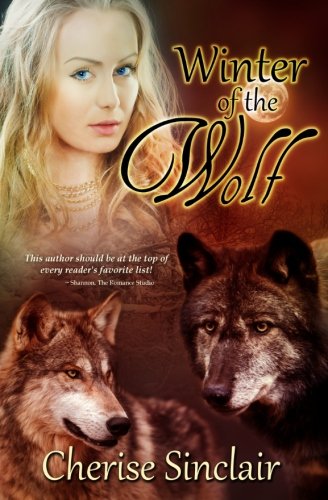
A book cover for Winter of the Wolf: The Wild Hunt Legacy (Volume 2); Cherise Sinclair; Romance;